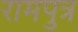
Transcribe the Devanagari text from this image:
रामपुत्र